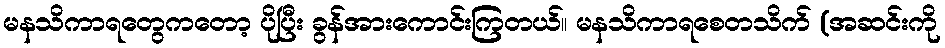
မနသိကာရတွေကတော့ ပိုပြီး ခွန်အားကောင်းကြတယ်။ မနသိကာရစေတသိက် (အဆင်းကို